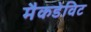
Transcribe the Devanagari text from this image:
मैकडेविट